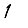
Digit: 1